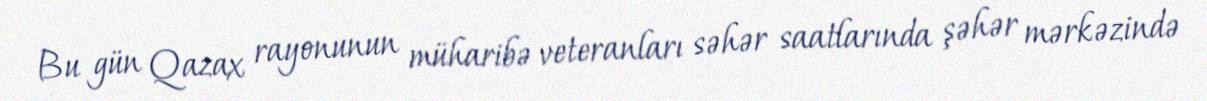
Bu gün Qazax rayonunun müharibə veteranları səhər saatlarında şəhər mərkəzində